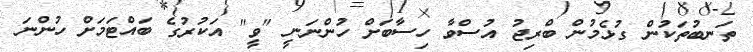
ތަނބުތަކުން ގުޅެމުން ބްރިޖު އުސްވާ ހިސާބަށް ހުންނަނީ "ވީ" އަކުރުގެ ބައްޓަމަށް ހުންނަ